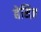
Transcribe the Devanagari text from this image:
बेसिज़